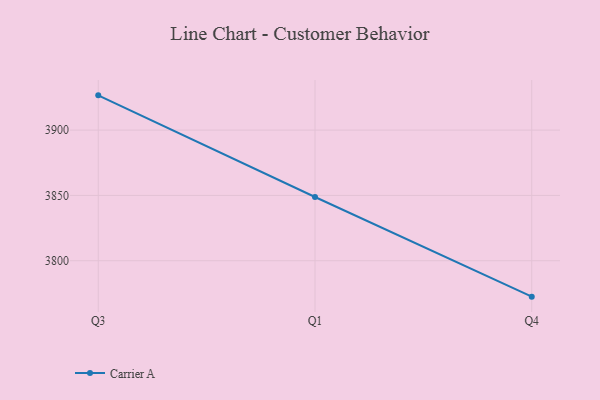
{"axis": {"x": "Quarter", "y": "Customer Acquisition Cost (USD)"}, "legend": ["Carrier A"], "data": [{"x": "Q3", "y": 3926.6, "type": "Carrier A"}, {"x": "Q1", "y": 3848.8, "type": "Carrier A"}, {"x": "Q4", "y": 3772.5, "type": "Carrier A"}]}